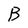
Character: B